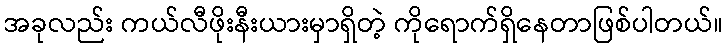
အခုလည်း ကယ်လီဖိုးနီးယားမှာရှိတဲ့ ကိုရောက်ရှိနေတာဖြစ်ပါတယ်။